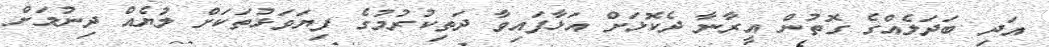
އަދި ބަދަލެއްގެ ގޮތުން އީރާނާ ދެކޮޅަށް އަޅާފައިވާ ދަތިކުރުމުގެ ފިޔަވަޅުތަކަށް ލުޔެއް ދިނުމަށް